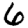
Digit: 6